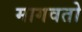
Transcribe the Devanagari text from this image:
मागवतो